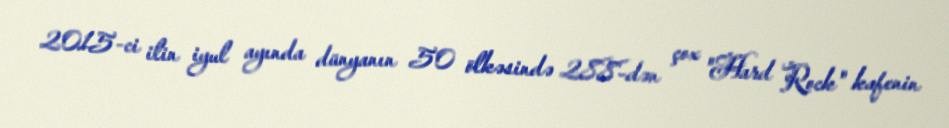
2015-ci ilin iyul ayında dünyanın 50 ölkəsində 288-dən çox "Hard Rock" kafenin